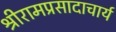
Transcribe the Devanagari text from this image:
श्रीरामप्रसादाचार्य